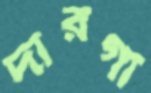
দারগা